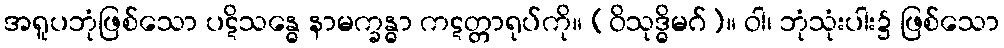
အရူပဘုံဖြစ်သော ပဋိသန္ဓေ နာမက္ခန္ဓာ ကဋတ္တာရုပ်ကို။ (ဝိသုဒ္ဓိမဂ်)။ ဝါ၊ ဘုံသုံးပါး၌ ဖြစ်သော